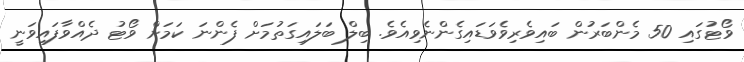
ވޯޓުގައި 50 މެންބަރުން ބައިވެރިވެވަޑައިގެންނެވިއެވެ. ބިލް ބަލައިގަތުމަށް ފެންނަ ކަމަށް ވޯޓު ދެއްވާފައިވަނީ